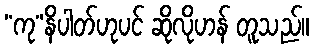
“ကု”နိပါတ်ဟုပင် ဆိုလိုဟန် တူသည်။